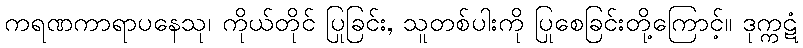
ကရဏကာရာပနေသု၊ ကိုယ်တိုင် ပြုခြင်း, သူတစ်ပါးကို ပြုစေခြင်းတို့ကြောင့်။ ဒုက္ကဋံ